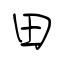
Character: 田